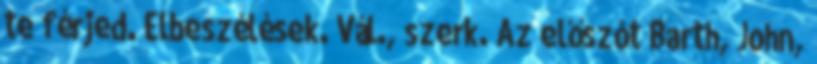
te férjed. Elbeszélések. Vál., szerk. Az előszót Barth, John,